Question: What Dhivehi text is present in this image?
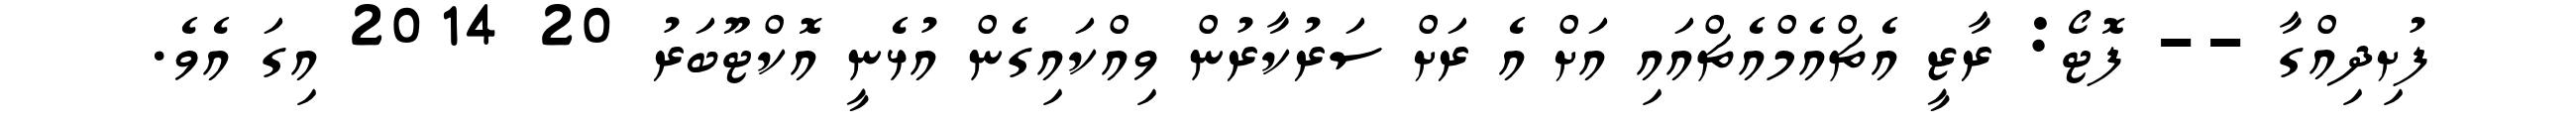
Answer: ފުށިދިއްގާ -- ފޮޓޯ: ރާޒީ އެޗްއެމްއެޗްއައި އަށް އެ ރަށް ސަރުކާރުން ވިއްކައިގެން އުޅެނީ އޮކްޓޫބަރު 20 2014 އިގަ އެވެ.